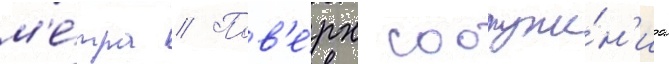
м'е́тра // Пов'е́рх сооруже́н'иа